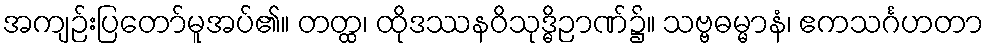
အကျဉ်းပြတော်မူအပ်၏။ တတ္ထ၊ ထိုဒဿနဝိသုဒ္ဓိဉာဏ်၌။ သဗ္ဗဓမ္မာနံ၊ ဧကသင်္ဂဟတာ